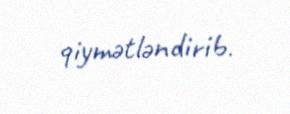
qiymətləndirib.